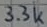
Text: 3.3k